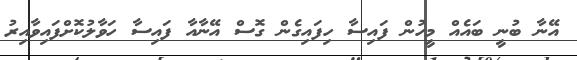
އޭނާ ބުނީ ބައެއް މީހުން ފައިސާ ހިފައިގެން ގޮސް އޭނާއާ ފައިސާ ހަވާލުކޮށްފައިވާއިރު